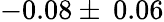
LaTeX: -0.08\pm\: 0.06